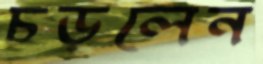
চড়লেন